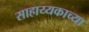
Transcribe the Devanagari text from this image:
साहाय्यकाच्या